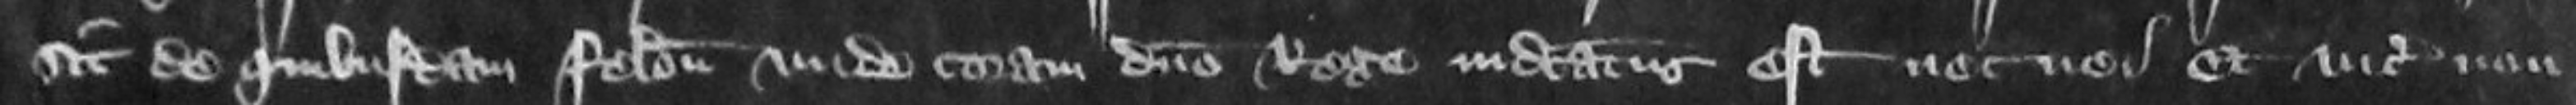
sit de quibusdam feloniam Unde coram domino Rege indicatus est nec ne et vicecomes non